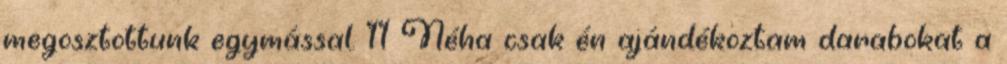
megosztottunk egymással. 11 Néha csak én ajándékoztam darabokat a